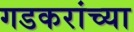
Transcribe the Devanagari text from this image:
गडकरांच्या